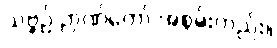
သဗ္ဗဉ် ဉာဏ်တော် အစွမ်းတည်း။